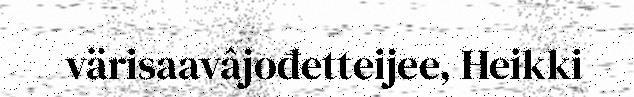
värisaavâjođetteijee, Heikki